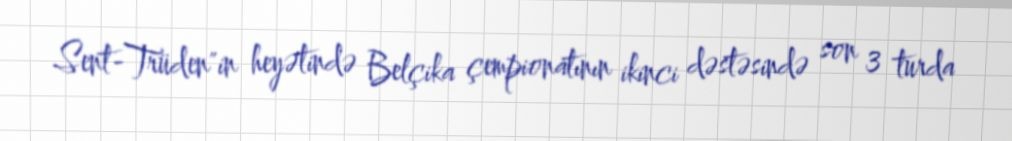
Sent-Trüden"in heyətində Belçika çempionatının ikinci dəstəsində son 3 turda